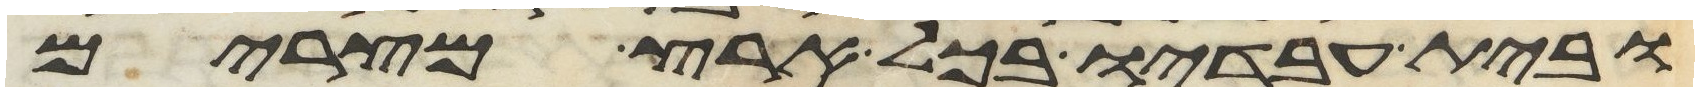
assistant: ובית עבדיו בכל ארץ מצרים